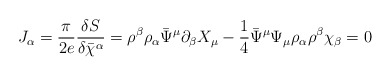
\begin{align*}J_{\alpha}= \frac{\pi}{2e}\frac{\delta S}{\delta\bar{\chi}^{\alpha}}=\rho^{\beta}\rho_{\alpha}\bar{\Psi}^{\mu}\partial_{\beta}X_{\mu} -\frac{1}{4}\bar{\Psi }^{\mu}\Psi_{\mu}\rho_{\alpha}\rho^{\beta}\chi_{\beta} =0\end{align*}